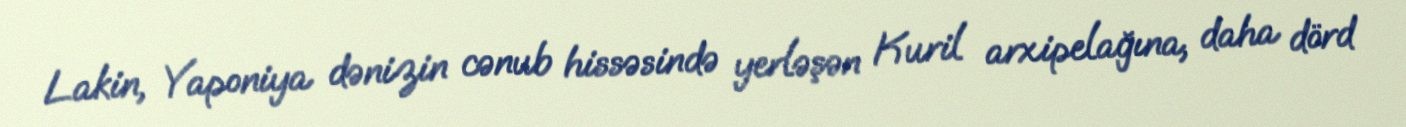
Lakin, Yaponiya dənizin cənub hissəsində yerləşən Kuril arxipelağına, daha dörd